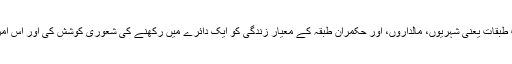
خلفاء راشدینؓ کے طرز عمل پر ایک نظر ڈالیے اور اندازہ کیجیے کہ انہوں نے سوسائٹی کے مختلف طبقات یعنی شہریوں، مالداروں، اور حکمران طبقہ کے معیار زندگی کو ایک دائرے میں رکھنے کی شعوری کوشش کی اور اس امر کا اہتمام کیا کہ ان طبقوں کے معیار زندگی میں کوئی واضح طور پر نظر آنے والا فرق پیدا نہ ہو۔